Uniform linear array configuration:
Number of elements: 48
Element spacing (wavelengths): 0.5
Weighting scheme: cosine
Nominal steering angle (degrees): -45
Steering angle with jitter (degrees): -45.685
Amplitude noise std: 0.05
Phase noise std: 0.05

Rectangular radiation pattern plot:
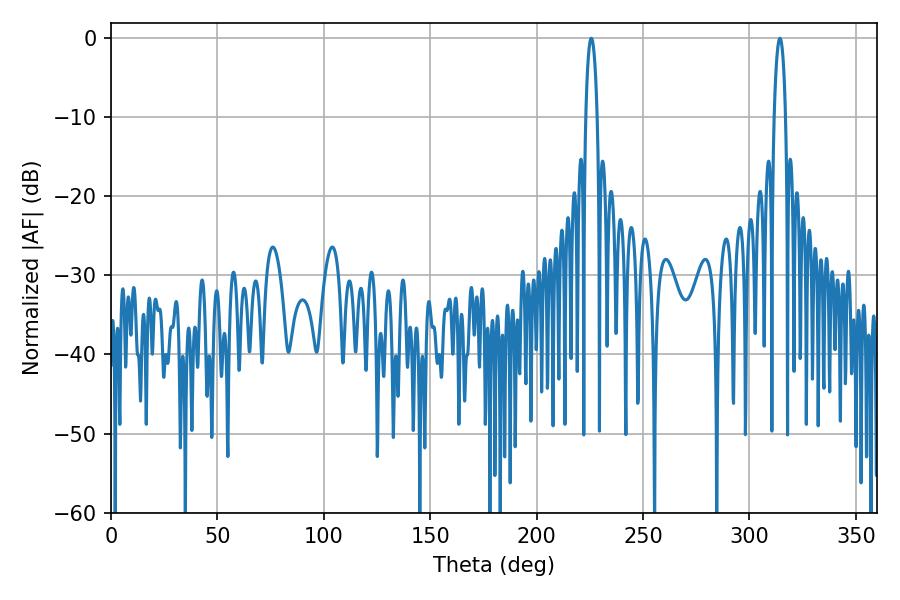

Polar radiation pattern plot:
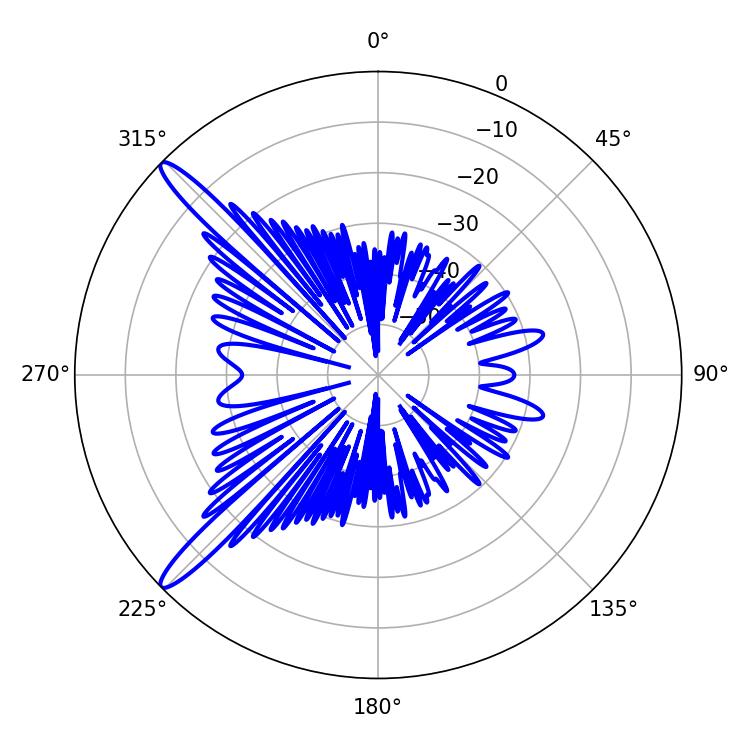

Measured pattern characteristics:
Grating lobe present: FALSE
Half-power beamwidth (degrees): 2.88
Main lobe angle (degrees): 225.72